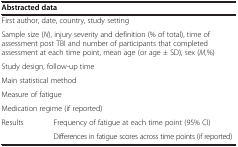
<table><thead><tr><td colspan="2"><b>Abstracted data</b></td></tr></thead><tbody><tr><td colspan="2">First author, date, country, study setting</td></tr><tr><td colspan="2">Sample size (<i>N</i>), injury severity and definition (% of total), time of assessment post TBI and number of participants that completed assessment at each time point, mean age (or age ± SD), sex (<i>M</i>,%)</td></tr><tr><td colspan="2">Study design, follow-up time</td></tr><tr><td colspan="2">Main statistical method</td></tr><tr><td colspan="2">Measure of fatigue</td></tr><tr><td colspan="2">Medication regime (if reported)</td></tr><tr><td>Results</td><td>Frequency of fatigue at each time point (95% CI)</td></tr><tr><td> </td><td>Differences in fatigue scores across time points (if reported)</td></tr></tbody></table>